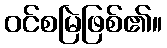
ဝင်စမြဲဖြစ်၏။